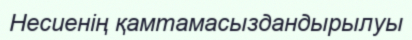
Несиенің қамтамасыздандырылуы